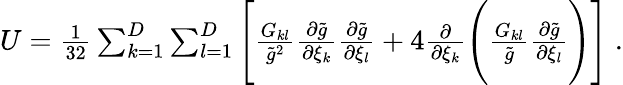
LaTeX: \begin{array}{r}{U=\frac{1}{32}\sum_{k=1}^{D}\sum_{l=1}^{D}\Bigg[\frac{G_{kl}}{\tilde{g}^{2}}\frac{\partial\tilde{g}}{\partial\xi_{k}}\frac{\partial\tilde{g}}{\partial\xi_{l}}+4\frac{\partial}{\partial\xi_{k}}\Bigg(\frac{G_{kl}}{\tilde{g}}\frac{\partial\tilde{g}}{\partial\xi_{l}}\Bigg)\Bigg]\; .}\end{array}